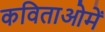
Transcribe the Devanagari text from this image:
कविताओमें